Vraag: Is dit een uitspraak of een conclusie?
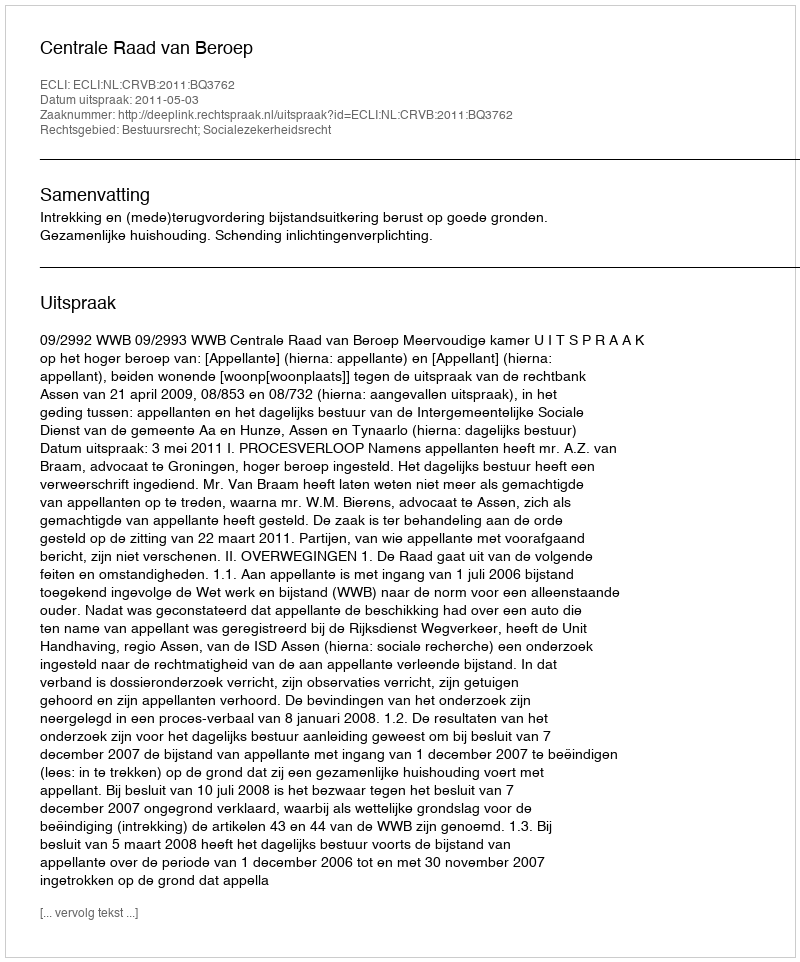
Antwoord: Uitspraak